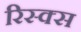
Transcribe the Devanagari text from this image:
रिस्क्स